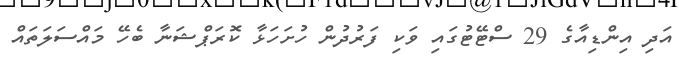
އަދި އިންޑިއާގެ 29 ސްޓޭޓުގައި ވަކި ފަރުދުން ހުށަހަޅާ ކޮރަޕްޝަނާ ބެހޭ މައްސަލަތައް